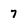
Character: 7